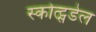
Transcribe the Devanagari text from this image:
स्कोत्ट्सडेल